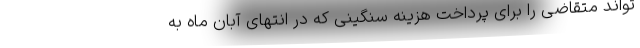
تواند متقاضی را برای پرداخت هزینه سنگینی که در انتهای آبان ماه به